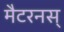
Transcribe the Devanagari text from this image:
मैटरनस्